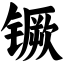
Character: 镢